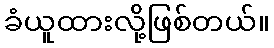
ခံယူထားလို့ဖြစ်တယ်။